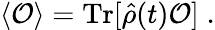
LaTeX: \langle{\cal O}\rangle=\mathrm{Tr}[\hat{\rho}(t){\cal O}]\; .